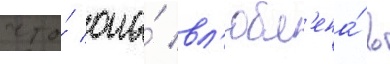
что́ она́ вл'юбл'ена́ в